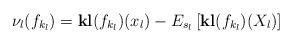
LaTeX: \begin{align*}\nu_{l}(f_{k_l}) = \mathbf{kl}(f_{k_l})(x_l) - E_{s_l}\left[\mathbf{kl}(f_{k_l})(X_l)\right]\end{align*}